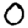
Digit: 0